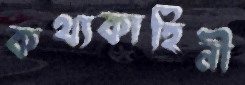
কথ্যকাহিনী